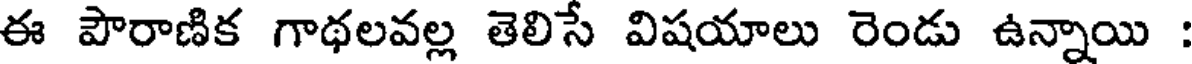
ఈ పౌరాణిక గాథలవల్ల తెలిసే విషయాలు రెండు ఉన్నాయి :